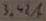
Text: 3.42A